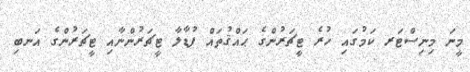
މީނަ މިނިސްޓަރ ކަމުގައި ހުރެ ޓީޗަރުންގެ ޙައްޤުތައް ފުޑާލާ ޓީޗަރުންނާއި ޓީޗަރުންގެ އަނބި